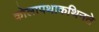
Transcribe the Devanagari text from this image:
कोलापथाकथिनते